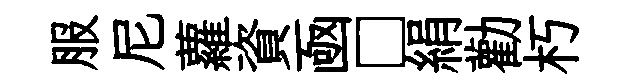
服尼蘿資凾□絹勸朽